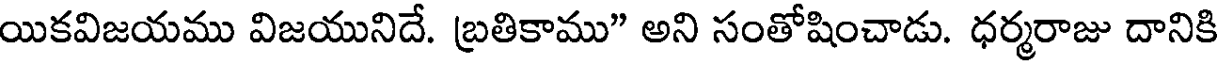
యికవిజయము విజయునిదే. బ్రతికాము" అని సంతోషించాడు. ధర్మరాజు దానికి